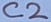
Text: C2